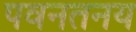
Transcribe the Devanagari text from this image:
पवनतनय